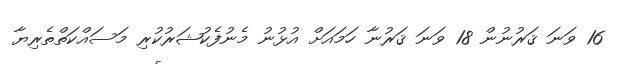
16 ވަނަ ޤަރުނުން 18 ވަނަ ޤަރުނާ ހަމައަށް އުޅުނު މެނުފެކުޝަރުކުރި މަސައްކަތްތެރިޔާ